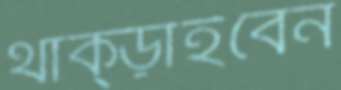
থাক্‌ড়াইবেন